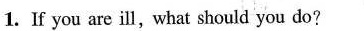
1. If you are ill,what should you do?